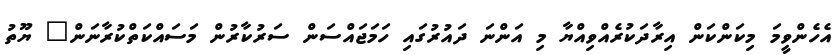
އެހެންވީމަ މިކަންކަން އިރާދަކުރެއްވިއްޔާ މި އަންނަ ދައުރުގައި ހަމަޖައްސަން ސަރުކާރުން މަސައްކަތްކުރާނަން" ޔޫތު